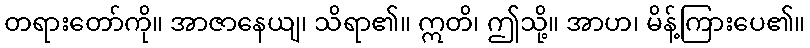
တရားတော်ကို။ အာဇာနေယျ၊ သိရာ၏။ ဣတိ၊ ဤသို့။ အာဟ၊ မိန့်ကြားပေ၏။